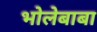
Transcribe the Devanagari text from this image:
भोलेबाबा